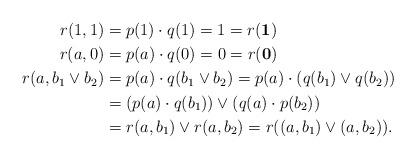
LaTeX: \begin{align*}r(1,1)&=p(1)\cdot q(1)=1=r(\mathbf{1})\\r(a,0)&=p(a)\cdot q(0)=0=r(\mathbf{0})\\r(a,b_1\vee b_2)&=p(a)\cdot q(b_1\vee b_2)=p(a)\cdot (q(b_1)\vee q(b_2))\\&=(p(a)\cdot q(b_1))\vee (q(a)\cdot p(b_2))\\&=r(a,b_1)\vee r(a, b_2)=r((a,b_1)\vee(a, b_2)).\end{align*}